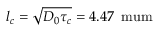
l _ { c } = \sqrt { D _ { 0 } \tau _ { c } } = 4 . 4 7 \, \mathrm { \ m u m }